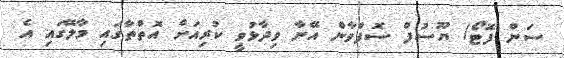
ސަން ފޮޓޯ/ ޔޫސުފް ސޮފްވާން އޭނާ ވިދާޅުވީ ކުރިއަށް އޮތްތާގައި މާލޭގައި އެ